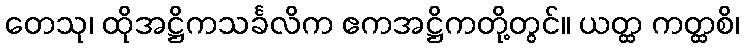
တေသု၊ ထိုအဋ္ဌိကသင်္ခလိက ဧကအဋ္ဌိကတို့တွင်။ ယတ္ထ ကတ္ထစိ၊